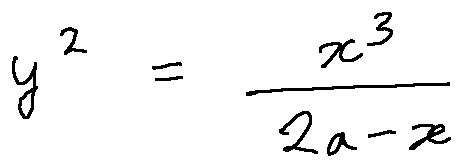
y ^ { 2 } = \frac { x ^ { 3 } } { 2 a - x }